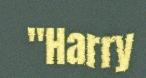
"Harry